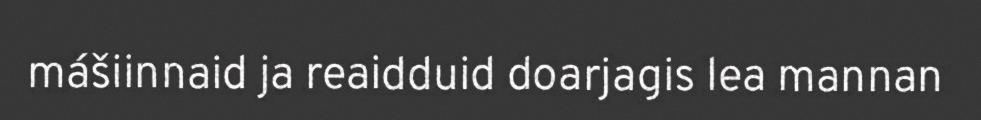
mášiinnaid ja reaidduid doarjagis lea mannan